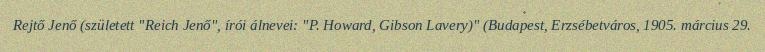
Rejtő Jenő (született "Reich Jenő", írói álnevei: "P. Howard, Gibson Lavery)" (Budapest, Erzsébetváros, 1905. március 29.